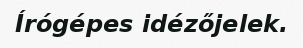
Írógépes idézőjelek.